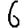
Digit: 6